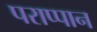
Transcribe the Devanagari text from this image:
पराप्पान